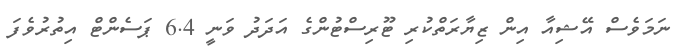
ނަމަވެސް އޭޝިއާ އިން ޒިޔާރަތްކުރި ޓޫރިސްޓުންގެ އަދަދު ވަނީ 6.4 ޕަސެންޓް އިތުރުވެފަ